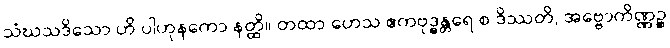
သံဃသဒိသော ဟိ ပါဟုနကော နတ္ထိ။ တထာ ဟေသ ဧကဗုဒ္ဓန္တရေ စ ဒိဿတိ, အဗ္ဗောကိဏ္ဏဉ္စ